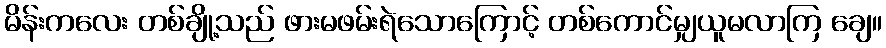
မိန်းကလေး တစ်ချို့သည် ဖားမဖမ်းရဲသောကြောင့် တစ်ကောင်မျှယူမလာကြ ချေ။